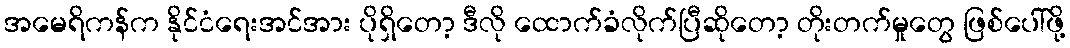
အမေရိကန်က နိုင်ငံရေးအင်အား ပိုရှိတော့ ဒီလို ထောက်ခံလိုက်ပြီဆိုတော့ တိုးတက်မှုတွေ ဖြစ်ပေါ်ဖို့